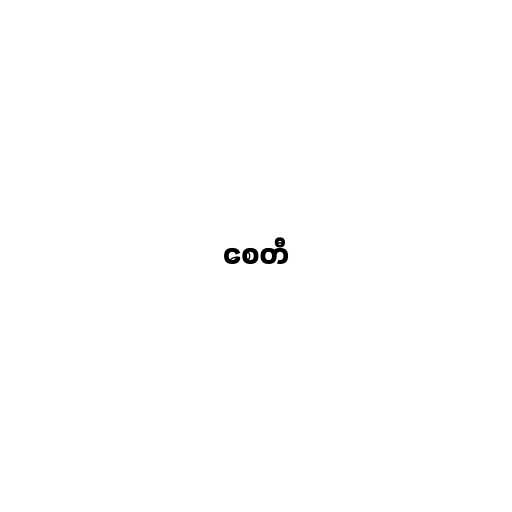
စေတီ